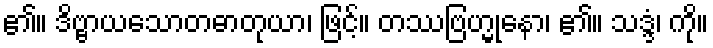
၏။ ဒိဗ္ဗာယသောတဓာတုယာ၊ ဖြင့်။ တဿဗြဟ္မုနော၊ ၏။ သဒ္ဒံ၊ ကို။